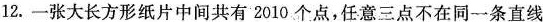
12.一张大长方形纸片中间共有2010个点，任意三点不在同一条直线